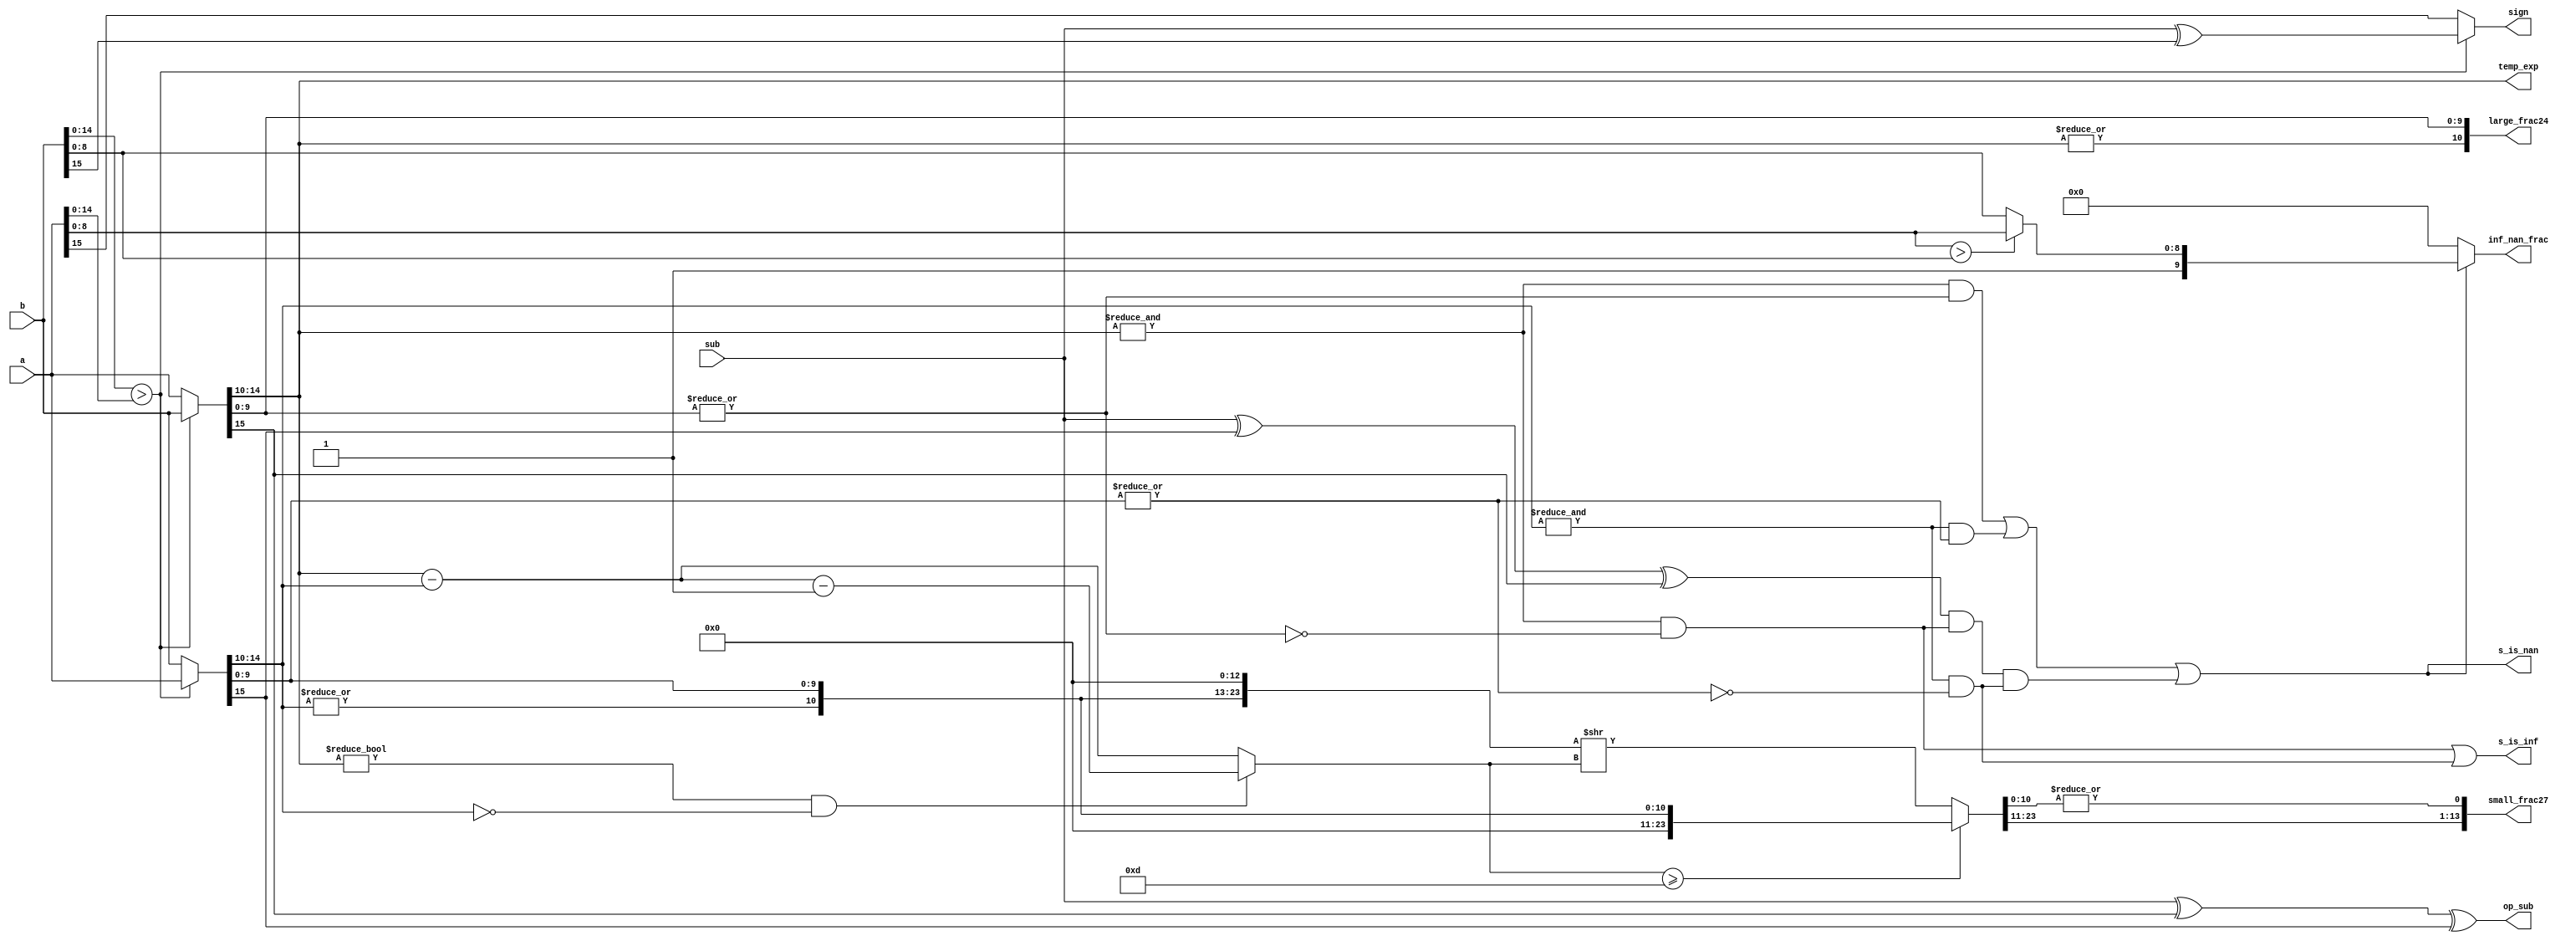
`timescale 1ns / 1ps

module fadd_align (a,b,sub,s_is_nan,s_is_inf,inf_nan_frac,sign,temp_exp,
op_sub,large_frac24,small_frac27); //alignment stage
	input [15:0] a,b;
	input sub;
	//1 8 23 
	//1 5 10 
	output [13:0] small_frac27;
	output [10:0] large_frac24;
	output [9:0] inf_nan_frac;
	output [4:0] temp_exp;
	output s_is_nan;
	output s_is_inf;
	output sign;
	output op_sub;
	//sign bit,a or b
	wire exchange = (b[14:0] > a[14:0]);
	wire [15:0] fp_large = exchange? b : a;
	wire [15:0] fp_small = exchange? a : b;
	//1.f
	wire fp_large_hidden_bit = |fp_large[14:10];
	wire fp_small_hidden_bit = |fp_small[14:10];
	wire [10:0] large_frac24 = {fp_large_hidden_bit,fp_large[9:0]};
	wire [10:0] small_frac24 = {fp_small_hidden_bit,fp_small[9:0]};
	//exponent
	assign temp_exp = fp_large[14:10];
	//
	assign sign = exchange? sub^b[15] : a[15];
	//sub or add
	assign op_sub = sub ^ fp_large[15] ^ fp_small[15];
	//
	wire fp_large_expo_is_ff = &fp_large[14:10]; // exp == 0xff
	wire fp_small_expo_is_ff = &fp_small[14:10];
	wire fp_large_frac_is_00 = ~|fp_large[9:0]; // frac == 0x0
	wire fp_small_frac_is_00 = ~|fp_small[9:0];
	wire fp_large_is_inf=fp_large_expo_is_ff & fp_large_frac_is_00;
	wire fp_small_is_inf=fp_small_expo_is_ff & fp_small_frac_is_00;
	wire fp_large_is_nan=fp_large_expo_is_ff & ~fp_large_frac_is_00;
	wire fp_small_is_nan=fp_small_expo_is_ff & ~fp_small_frac_is_00;
	assign s_is_inf = fp_large_is_inf | fp_small_is_inf;
	wire s_is_nan = fp_large_is_nan | fp_small_is_nan | ((sub ^ fp_small[15] ^ fp_large[15]) & fp_large_is_inf & fp_small_is_inf);
	wire [9:0] nan_frac = (a[8:0] > b[8:0])?	{1'b1,a[8:0]} : {1'b1,b[8:0]};
	assign inf_nan_frac = s_is_nan? nan_frac : 10'h0;
	//ea-eb
	wire [4:0] exp_diff = fp_large[14:10] - fp_small[14:10];
	wire small_den_only = (fp_large[14:10] != 0) & (fp_small[14:10] == 0);
	//,
	wire [4:0] shift_amount = small_den_only? exp_diff - 5'h1 : exp_diff;
	wire [23:0] small_frac50 = (shift_amount >= 13)? {13'h0,small_frac24} : {small_frac24,13'h0} >> shift_amount;
	//11bit.,,reduction OR1bit
	assign small_frac27 = {small_frac50[23:11],|small_frac50[10:0]};
endmodule